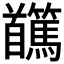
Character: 𩠸